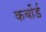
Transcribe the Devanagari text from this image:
कर्बोर्ड